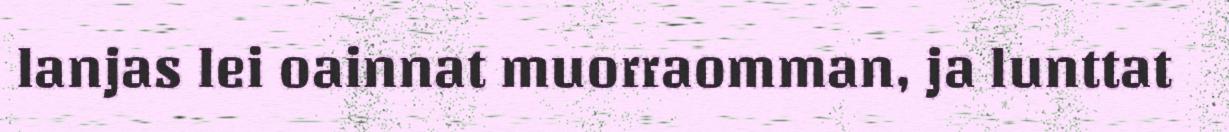
lanjas lei oainnat muorraomman, ja lunttat